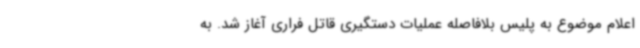
اعلام موضوع به پلیس بلافاصله عملیات دستگیری قاتل فراری آغاز شد. به